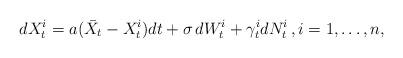
LaTeX: \begin{align*}dX_t^i= a(\bar X_t -X_t^i) dt+\sigma\,dW_t^i + \gamma_{t} ^i dN^i_t \,,i=1,\dots,n,\end{align*}